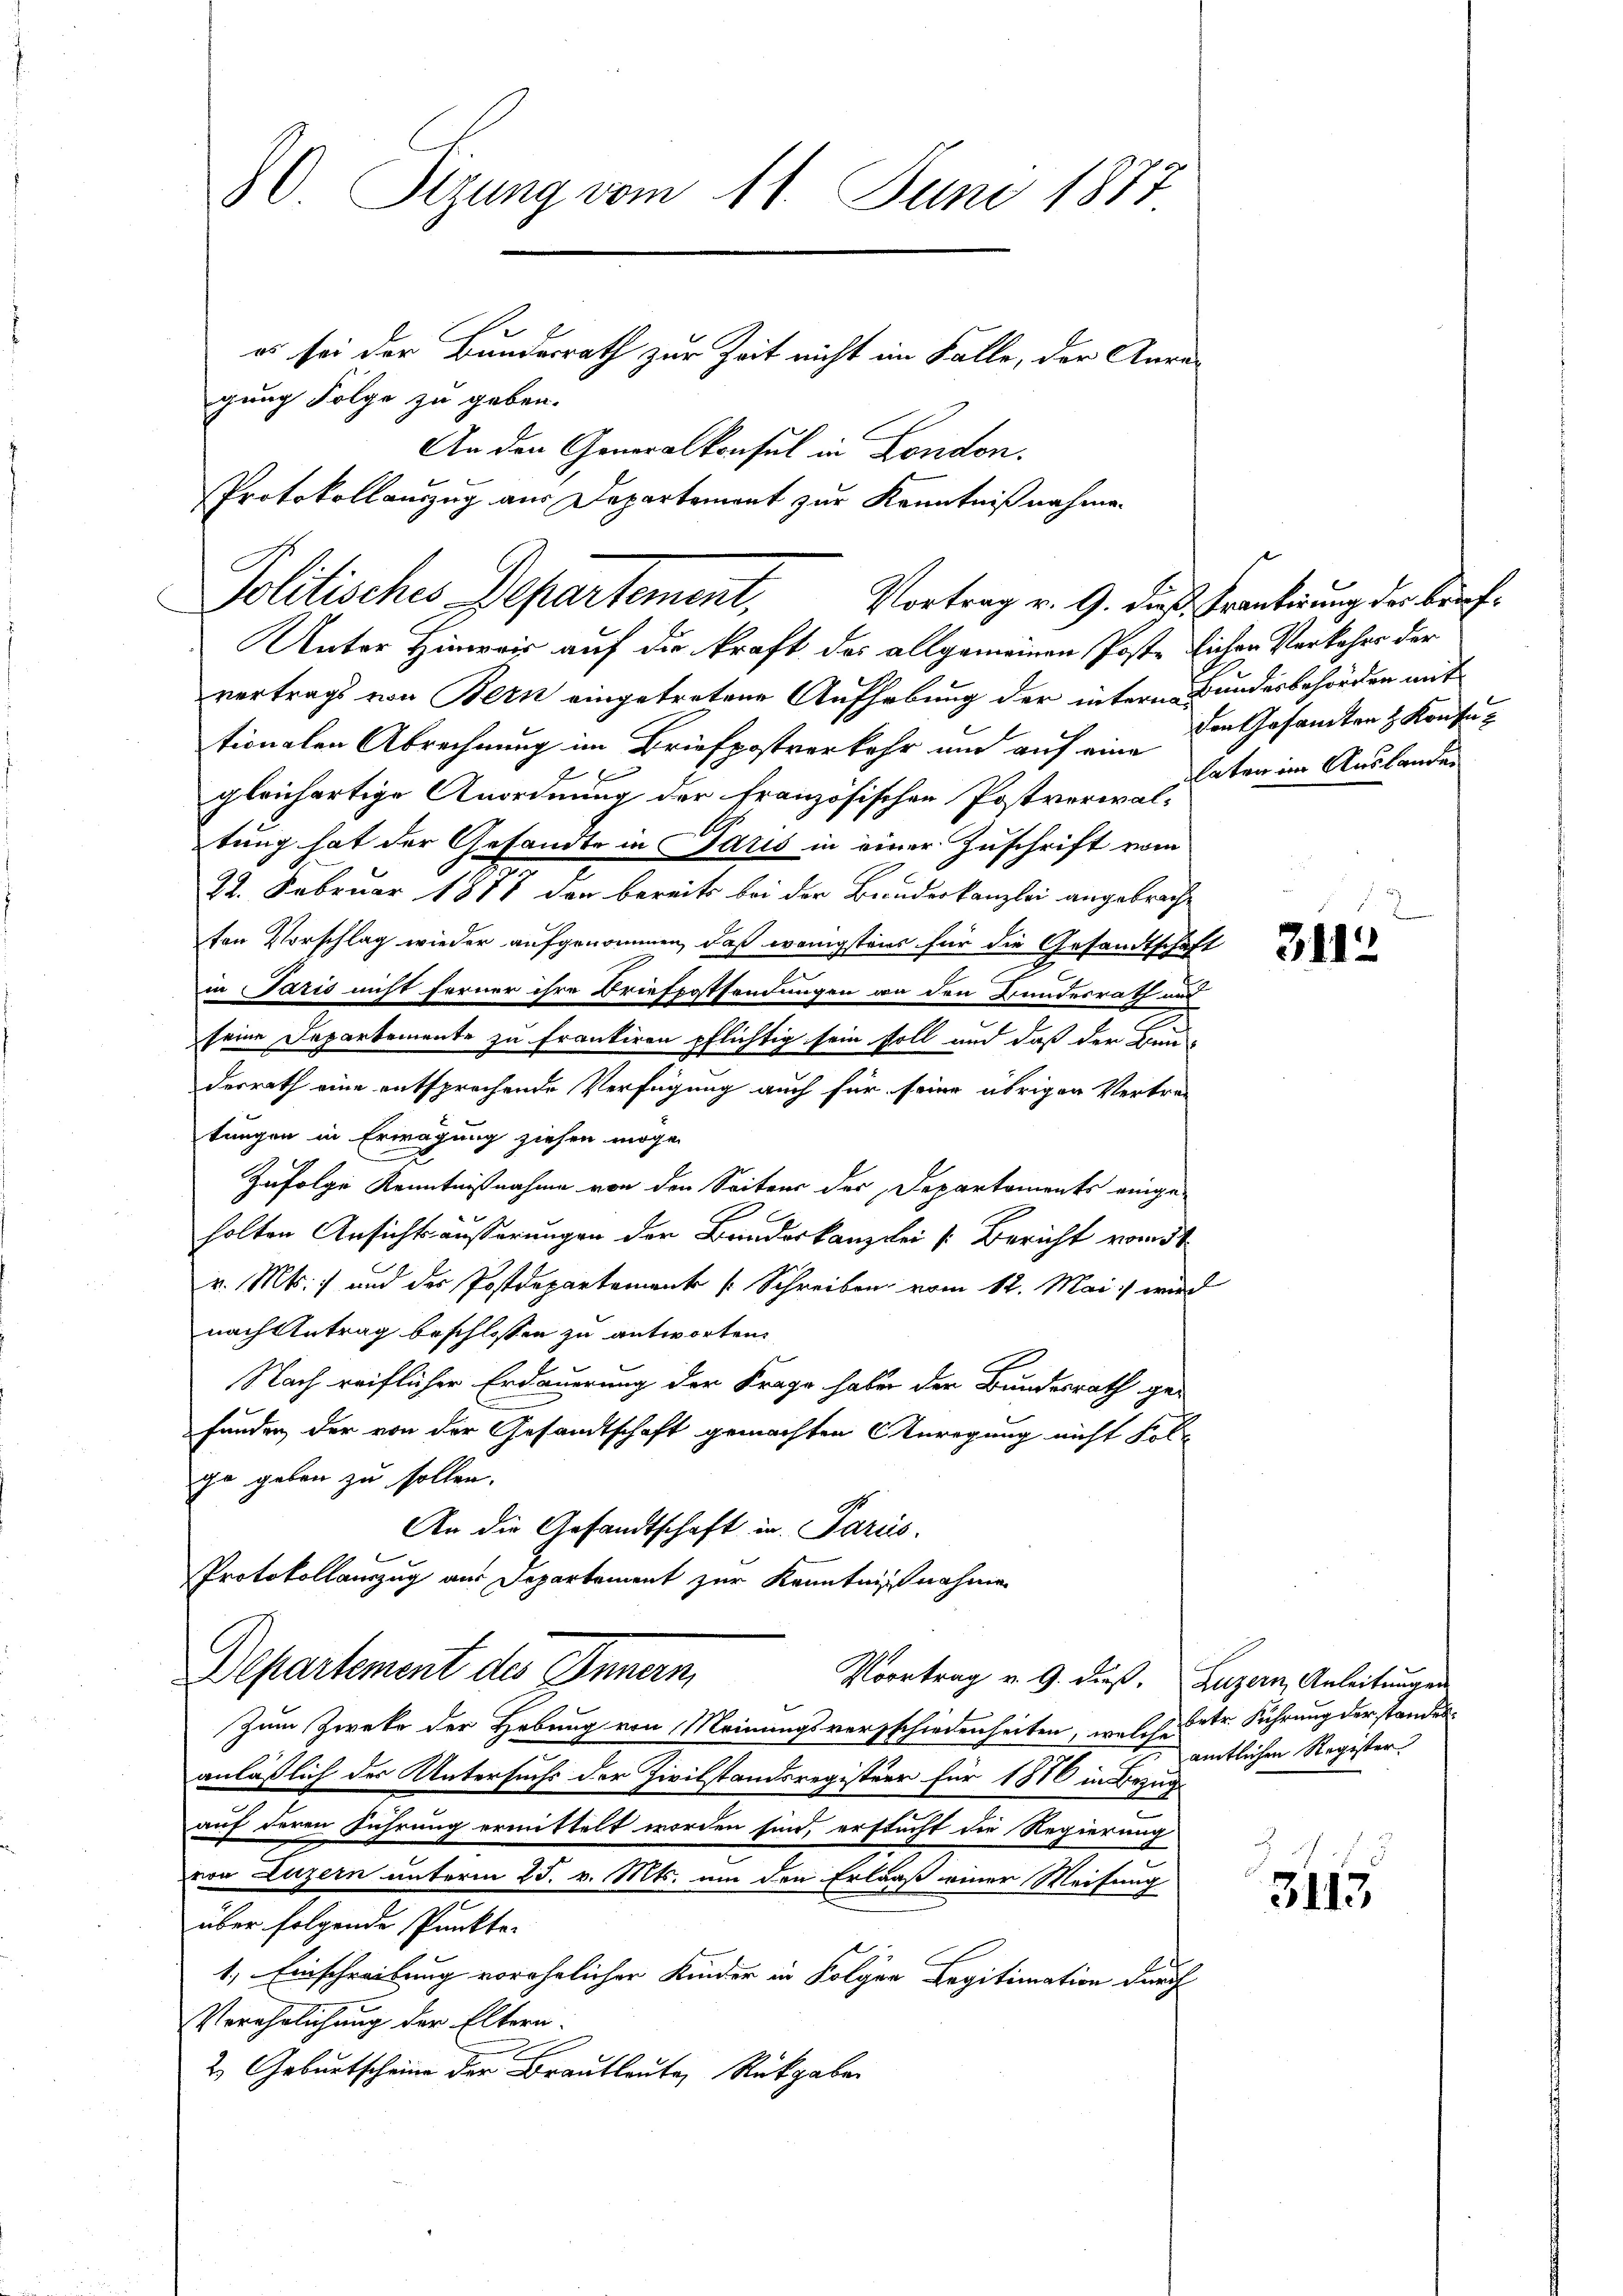
80 Sizung vom 11. Juni 1877
es sei der Bundesrath zur Zeit nicht im Falle, der Anregung Folge zu geben.
An den Generalkonsul in London.
Protokollauszug aus Departement zur Kenntnißnahme.

Politisches Departement,
Vortrag v. 9. dieß Frankirung der Brief¬

Unter Hinweis auf die kraft des allgemeinen Poste
vertrags von Bern eingetretene Aufhebung der internationalen Abrechnung im Briefpostverkehr und auf eine
gleichartige Anordnung der französischen Postverwal-
tung hat der Gesandte in Paris in einer Zuschrift vom
22. Februar 1878 den bereits bei der Bandeskanzlei angebracht
ton Vorschlag wieder aufgenommen, daß wenigstens für die Gesandtschaf
in Paris nicht ferner ihre Briefpostsendungen an den Handesrath und
seine Departemente zu frankiren pflichtig sein soll und daß der Bau-
derrath eine entsprechende Verfügung auch für seine übrigen Vertren
tungen in Erwägung ziehen möge.
Zufolge Kenntnißnahme von den Seitens der Departements einge-
e
n
holten Ansichts äusserungen der Bundeskanzlei [Bericht vom 5t
v. Mts. und des Postdepartemente [Schreiben vom 12. Mai wird
nachtetrag beschlossen zu antworten.
Nach reiflicher Erdauerung der Frage haben der Bundesrath gei
funden der von der Gesandtschaft gemachten Anregung nicht Fol-
ge geben zu sollen.
An die Gesandtschaft in Paris.
Protokollauszug aus Departement zur Kenntnißnahmen
Departement des Innern
Vortrag v. 9. dieß. Luzern, Anleitungen
Zum Zwecke der Hebung von Meinungsverschiedenheiten, welche betr. Führung der standes
anläßlich der Untersuchs der Zivilstandsregister für 1876 in Bezug
auf deren Führung ermittelt worden sind, erstucht die Regierung
von Luzern unterm 25. v. Mts. um den Erlauß einer Weisung
über folgende Punkte.
1.) Einschreibung vorehelicher Kinder in Folgen Legitimation durch
Verehrlichung der Eltern.
2) Geburtscheine der Brautleute Rückgaben

lichen Verkehre der
Bundesbehörden mit
den Gesamten z. Konfu
laten im Auslanden

E

3112

3113

amtlichen Register